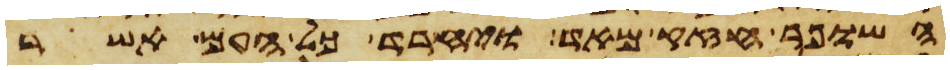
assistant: השופר חזק מאד ויחרד כל העם אשר